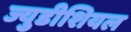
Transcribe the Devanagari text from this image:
ज्युडीशियल